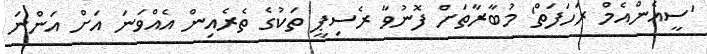
'ސީއެންއެމް ރަހަފަތް' މުބާރާތަށް ފޮނުވާ ރެސިޕީ ތަކުގެ ތެރެއިން އެއްވަނަ އަށް އަންނަ